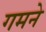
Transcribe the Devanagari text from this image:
गमने